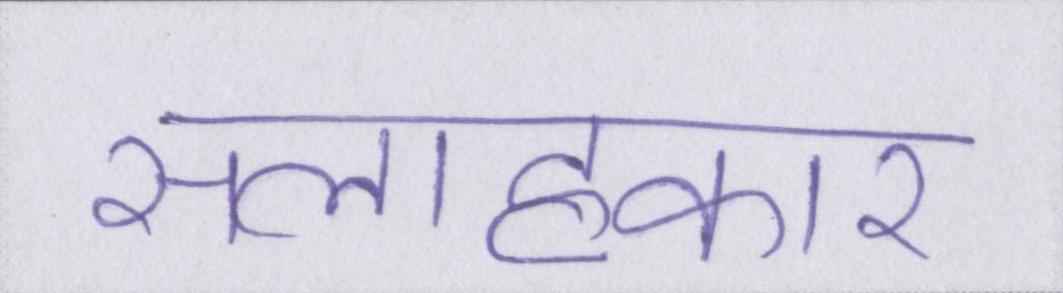
सलाहकार